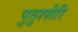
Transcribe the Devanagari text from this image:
पुतुश्शेरि